Mental hospitals Bombay report 1921-28 - 1921-1928
Year: 1921
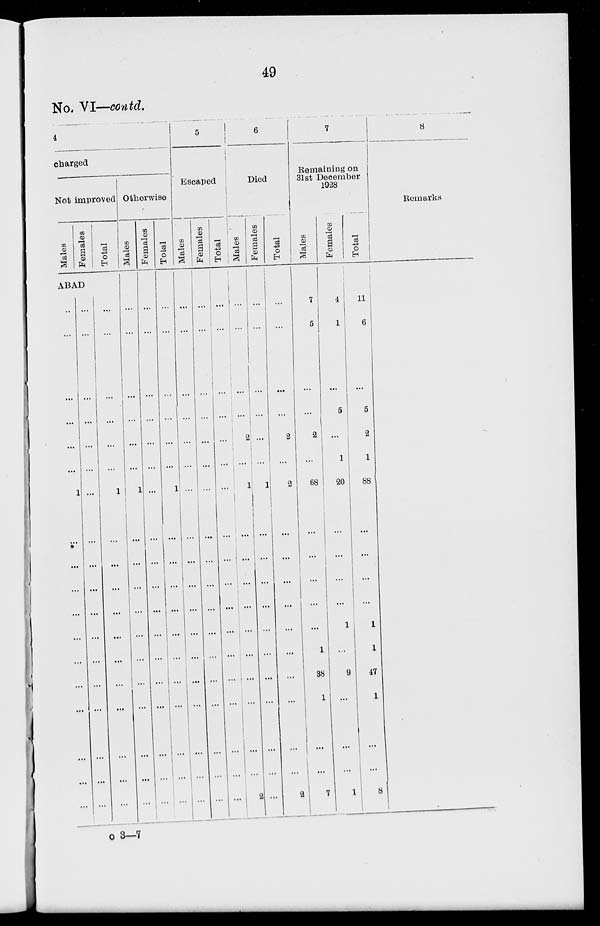
49
No. VI—contd.
4
charged
Not improved
Males
ABAD
...
...
...
...
...
...
1
...
...
...
...
...
...
...
...
...
...
...
Females
...
...
...
...
...
...
...
...
...
...
...
...
...
...
...
...
...
...
Total
...
...
...
...
...
...
1
...
...
...
...
...
...
...
...
...
...
...
Otherwise
Males
...
...
...
...
...
...
1
...
...
...
...
...
...
...
...
...
...
...
Females
...
...
...
...
...
...
...
...
...
...
...
...
...
...
...
...
...
...
Total
...
...
...
...
...
...
1
...
...
...
...
...
...
...
...
...
...
...
5
Escaped
Males
...
...
...
...
...
...
...
...
...
...
...
...
...
...
...
...
...
...
Females
...
...
...
...
...
...
...
...
...
...
...
...
...
...
...
...
...
...
Total
...
...
...
...
...
...
...
...
...
...
...
...
...
...
...
...
...
...
6
Died
Males
...
...
...
...
2
...
1
...
...
...
...
...
...
...
...
...
...
2
Females
...
...
...
...
...
...
1
...
...
...
...
...
...
...
...
...
...
...
Total
...
...
...
...
2
...
2
...
...
...
...
...
...
...
...
...
...
2
7
Remaining on
31st December
1928
Males
7
5
...
...
2
...
68
...
...
...
...
...
1
38
1
...
...
7
Females
4
1
...
5
...
1
20
...
...
...
...
1
...
9
...
...
...
1
Total
11
6
...
5
2
1
88
...
...
...
...
1
1
47
1
...
...
8
8
Remarks
o 3—7